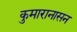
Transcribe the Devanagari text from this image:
कुमारानासन